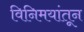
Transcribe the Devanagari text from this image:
विनिमयांतून